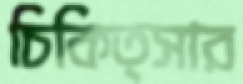
চিকিত্সার